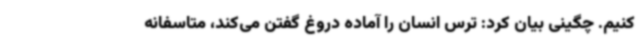
کنیم. چگینی بیان کرد: ترس انسان را آماده دروغ گفتن می‌کند، متاسفانه